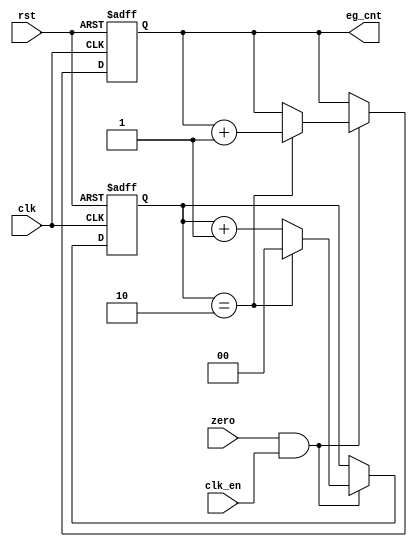
// This program was cloned from: https://github.com/jotego/jt12
// License: GNU General Public License v3.0

/*  This file is part of JT12.

	JT12 is free software: you can redistribute it and/or modify
	it under the terms of the GNU General Public License as published by
	the Free Software Foundation, either version 3 of the License, or
	(at your option) any later version.

	JT12 is distributed in the hope that it will be useful,
	but WITHOUT ANY WARRANTY; without even the implied warranty of
	MERCHANTABILITY or FITNESS FOR A PARTICULAR PURPOSE.  See the
	GNU General Public License for more details.

	You should have received a copy of the GNU General Public License
	along with JT12.  If not, see <http://www.gnu.org/licenses/>.

	Author: Jose Tejada Gomez. Twitter: @topapate
	Version: 1.0
	Date: 29-10-2018

	*/

module jt12_eg_cnt(
	input rst,
	input clk,
	input clk_en /* synthesis direct_enable */,
	input zero,
	output reg [14:0] eg_cnt
);

reg	[1:0] eg_cnt_base;

always @(posedge clk, posedge rst) begin : envelope_counter
	if( rst ) begin
		eg_cnt_base	<= 2'd0;
		eg_cnt		<=15'd0;
	end
	else begin
		if( zero && clk_en ) begin
			// envelope counter increases every 3 output samples,
			// there is one sample every 24 clock ticks
			if( eg_cnt_base == 2'd2 ) begin
				eg_cnt 		<= eg_cnt + 1'b1;
				eg_cnt_base	<= 2'd0;
			end
			else eg_cnt_base <= eg_cnt_base + 1'b1;
		end
	end
end

endmodule // jt12_eg_cnt